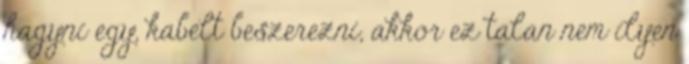
hagyni egy, kabelt beszerezni, akkor ez talan nem ilyen